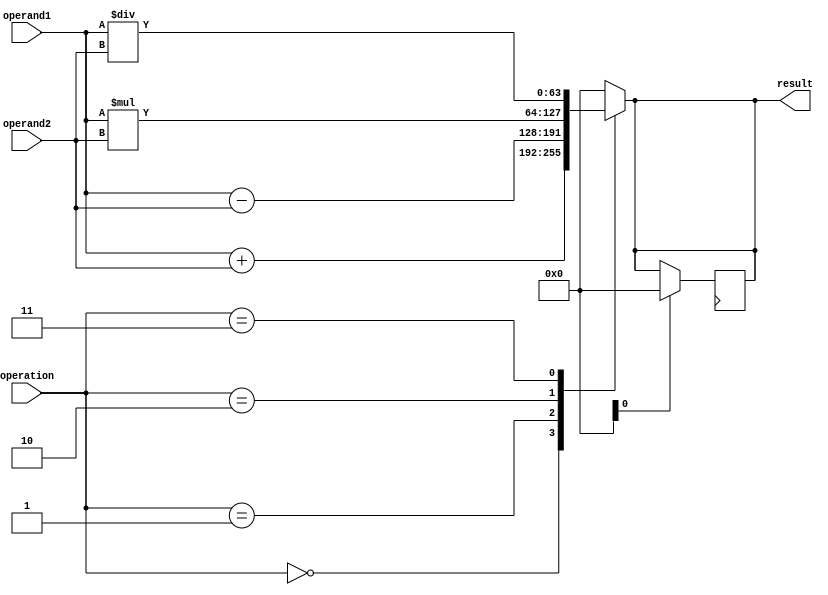
module extended_precision_float_unit (
    input [63:0] operand1,
    input [63:0] operand2,
    input [3:0] operation,
    output reg [63:0] result
);

// Arithmetic blocks
always @*
begin
    case(operation)
        4'b0000: result = operand1 + operand2; // addition
        4'b0001: result = operand1 - operand2; // subtraction
        4'b0010: result = operand1 * operand2; // multiplication
        4'b0011: result = operand1 / operand2; // division
        // Additional computational functions like sqrt and exp can be added here
        default: result = 64'h0;
    endcase
end

// Input and output registers
always @(posedge clk)
begin
    if(reset)
        result <= 64'h0;
    else
        result <= result;
end

endmodule